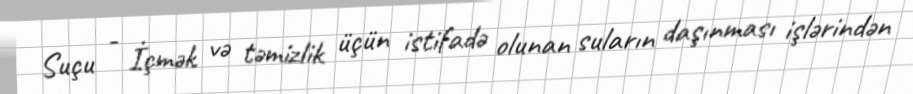
Suçu - İçmək və təmizlik üçün istifadə olunan suların daşınması işlərindən